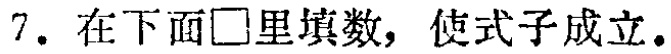
7. 在下面$\square$里填数，使式子成立。